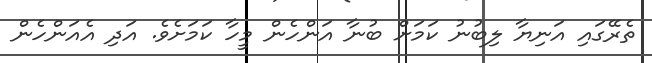
ތެރޭގައި އަނިޔާ ލިބުނު ކަމަށް ބުނާ އަންހެން މީހާ ކަމަށެވެ. އަދި އެއަންހެން